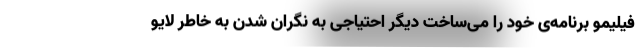
فیلیمو برنامه‌ی خود را می‌ساخت دیگر احتیاجی به نگران شدن به خاطر لایو